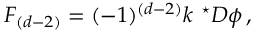
F _ { ( d - 2 ) } = ( - 1 ) ^ { ( d - 2 ) } k \ { } ^ { \star } { \cal D } \phi \, ,